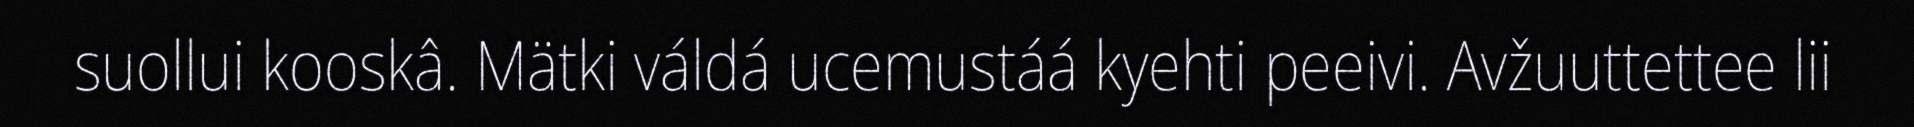
suollui kooskâ. Mätki váldá ucemustáá kyehti peeivi. Avžuuttettee lii